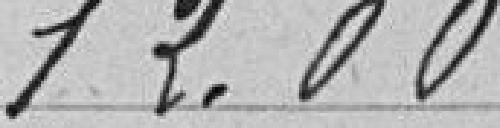
12.00